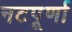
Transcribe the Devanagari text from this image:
नटपूर्णा